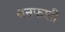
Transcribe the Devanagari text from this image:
बनफशी